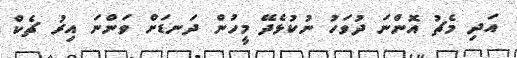
އަދި މެޗު އޮންނަ ދުވަހު ނުކުޅެދޭ މީހުން ދަނޑަށް ވަންނަ އިރު ޗެކް